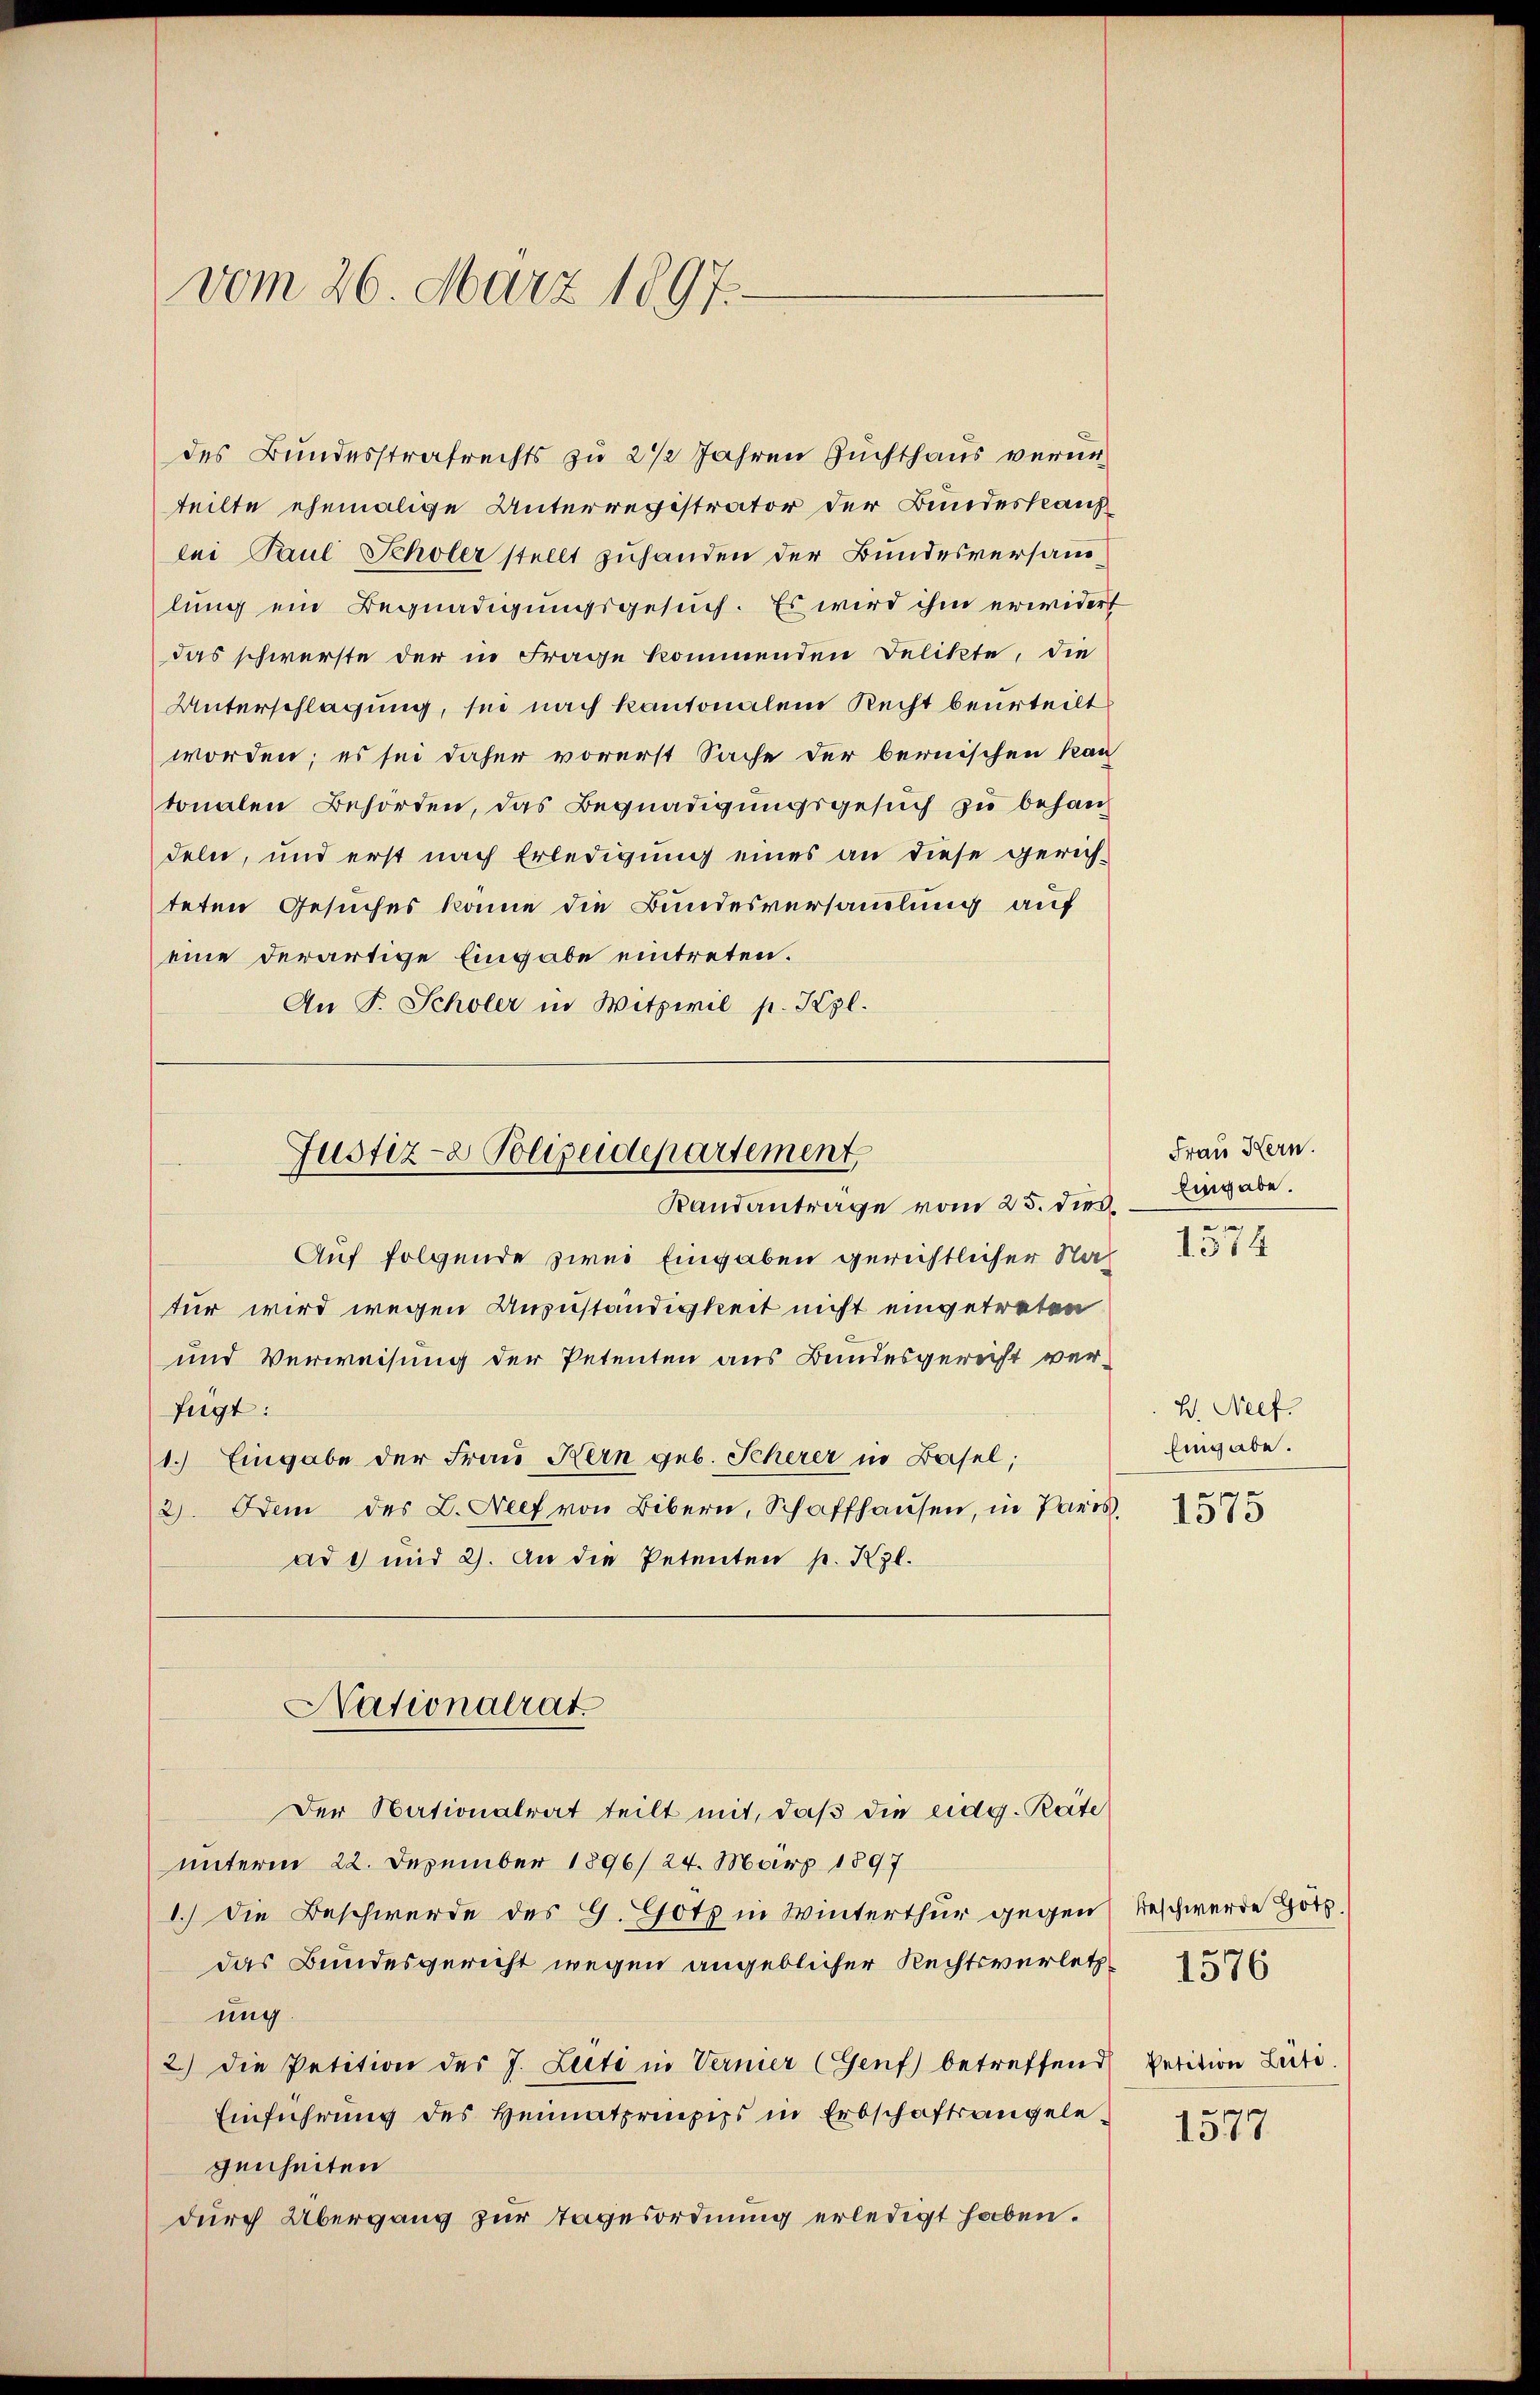
vom 26. März 1897.

des Bundesstrafrechts zu 2 1/2 Jahren Zuchthaus verurteilte ehemalige Unterregistrator der Bundeskanz
lei Paul Scholer stellt zuhanden der Bundesversamlung ein Begnadigungsgesuch. Es wird ihm erwidert
das schwerste der in Frage kommenden Delikte, die
Unterschlagung, sei nach kantonalem Recht beurteilt
worden; es sei daher vorerst Sache der bernischen kan
tonalen Behörden, das Begnadigungsgesuch zu behandeln, und erst nach Erledigung eines an diese gerich-
teten Gesuches könne die Bundesversamlung auf
eine derartige Eingabe eintreten.
An F. Scholer in Witzivil p. Kgl.
Auf folgende zwei Eingaben gerichtlicher Natur wird wegen Anzuständigkeit nicht eingetreten
und Verweisung der Petenten aus Bundesgericht verfügt:
1.) Eingabe der Frau Kern geb. Scherer in Basel;
2). Dem des L. Neef von Bibern, Schaffhausen, in Paris,
ad 1 und 2. An die Petenten p. Kgl.
Nationalrat
Der Nationalrat teilt mit, daß die eidg. Reite
unterm 22. Dezember 1896/ 24. März 1897
1.) Die Beschwerde des G. Gotz in Winterthur gegen
das Bundesgericht wegen angeblicher Rechtsverletzung
2) die Petition des J. Liti in Vernier (Genf) betreffend
Einführung des Heimatprinzips in Erbschaftsangelegenheiten
durch Übergang zur Tagesordnung erledigt haben.

Justiz- & Polizeidepartement,
Randantrage vom 25. dies. Begabe.

Frau Kern.
1574

H. Neef.
Eingabe.
1575

Beschwerde Hotz.
Petition Leite

1576

1577